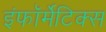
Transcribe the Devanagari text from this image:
इंफॉर्मेटिक्स